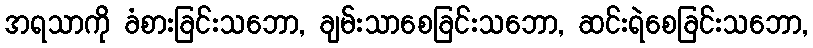
အရသာကို ခံစားခြင်းသဘော, ချမ်းသာစေခြင်းသဘော, ဆင်းရဲစေခြင်းသဘော,